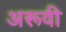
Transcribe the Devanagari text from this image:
अरूवी